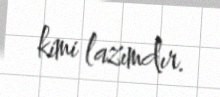
kimi lazımdır.